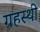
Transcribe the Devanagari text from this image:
ग्रहस्थी